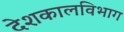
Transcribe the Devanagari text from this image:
देशकालविभाग